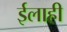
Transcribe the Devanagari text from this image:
ईलाही